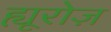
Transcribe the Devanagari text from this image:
ह्यूरोज़